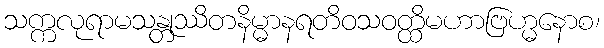
သက္ကလုရာမသန္တုဿိတနိမ္မာနရတိဝသဝတ္ထိမဟာဗြဟ္မနောစ၊